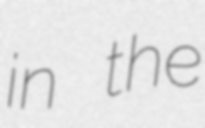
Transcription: in the